Scottish Certificate of Education, 1963
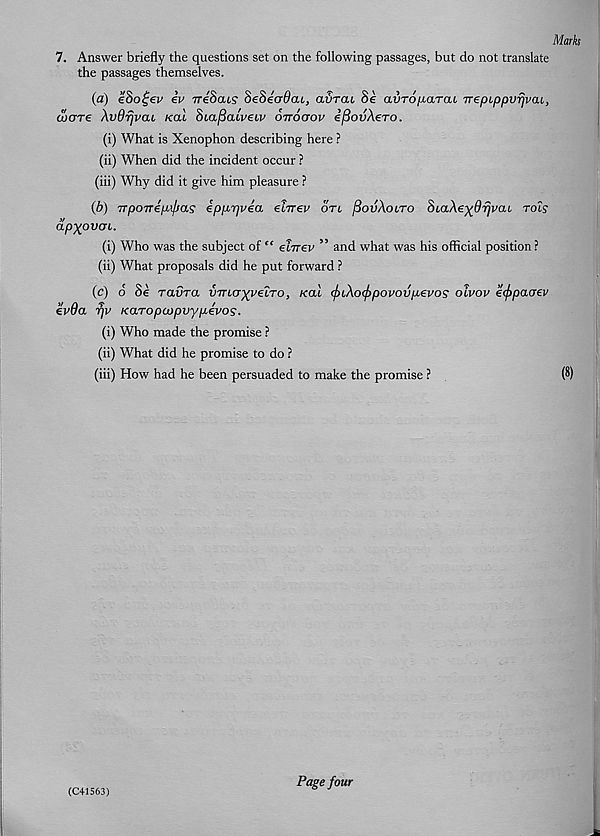
Marks
7. Answer briefly the questions set on the following passages, but do not translate
the passages themselves.
(a) eSo£ev iv ireSais SeSecrdcu, avrcu 8k auTo/xarcu Trepippvrjvcu,
ware XvOrjvcu real Sta/SatVetv orroaov ifiovAero.
(i) What is Xenophon describing here ?
(ii) When did the incident occur ?
(iii) Why did it give him pleasure ?
(b) TTpoTTepi/jas epprjvea ehrev on [3ov\olto 8baXe)(9rjvai rot?
apXovcn.
(i) Who was the subject of “ etnev ” and what was his official position?
(ii) What proposals did he put forward ?
(c) o Sc ravra VTruj)(P€LTO, real (fuXofipovovpevos olvov eefspaaev
evda rjv Karopcopvypevos.
(i) Who made the promise ?
(ii) What did he promise to do ?
(iii) How had he been persuaded to make the promise ?
(8)
(C41S63)
Page four